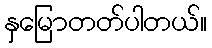
နှမြောတတ်ပါတယ်။